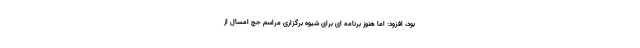
بود، افزود: اما هنوز برنامه ای برای شیوه برگزاری مراسم حج امسال از